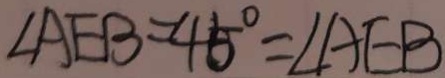
\angle A E B = 4 5 ^ { \circ } = \angle A E B